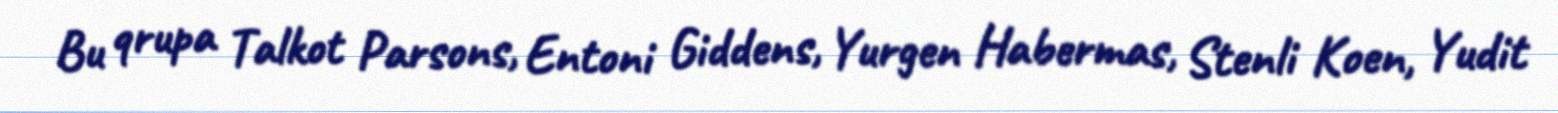
Bu qrupa Talkot Parsons, Entoni Giddens, Yurgen Habermas, Stenli Koen, Yudit